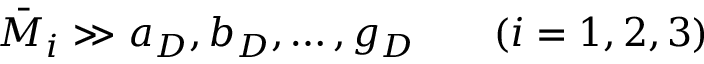
\bar { M } _ { i } \gg a _ { D } , b _ { D } , \ldots , g _ { D } \; \; \; \; \; \; \; ( i = 1 , 2 , 3 )